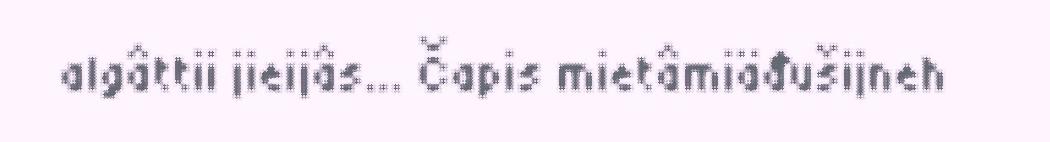
algâttii jieijâs... Čapis mietâmiäđušijneh